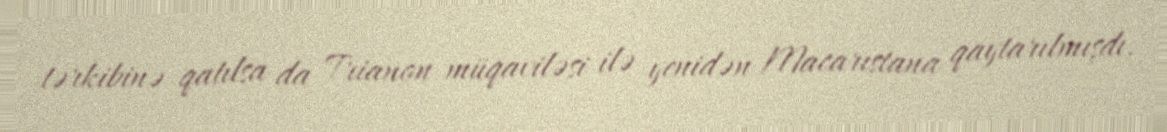
tərkibinə qatılsa da Trianon müqaviləsi ilə yenidən Macarıstana qaytarılmışdı.